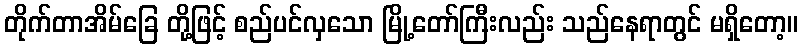
တိုက်တာအိမ်ခြေ တို့ဖြင့် စည်ပင်လှသော မြို့တော်ကြီးလည်း သည်နေရာတွင် မရှိတော့။